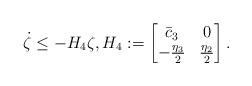
LaTeX: \begin{align*}\dot{\zeta} & \leq -H_4 \zeta, H_4: = \begin{bmatrix}\bar{c}_3 & 0\\-\frac{\eta_3}{2} & \frac{\eta_2}{2}\end{bmatrix}.\end{align*}